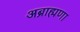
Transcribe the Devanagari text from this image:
अब्राह्मणा